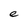
Character: e